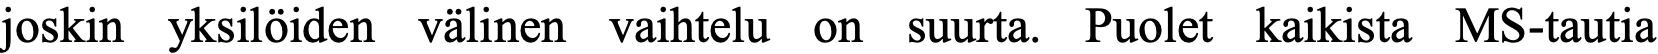
joskin yksilöiden välinen vaihtelu on suurta. Puolet kaikista MS-tautia